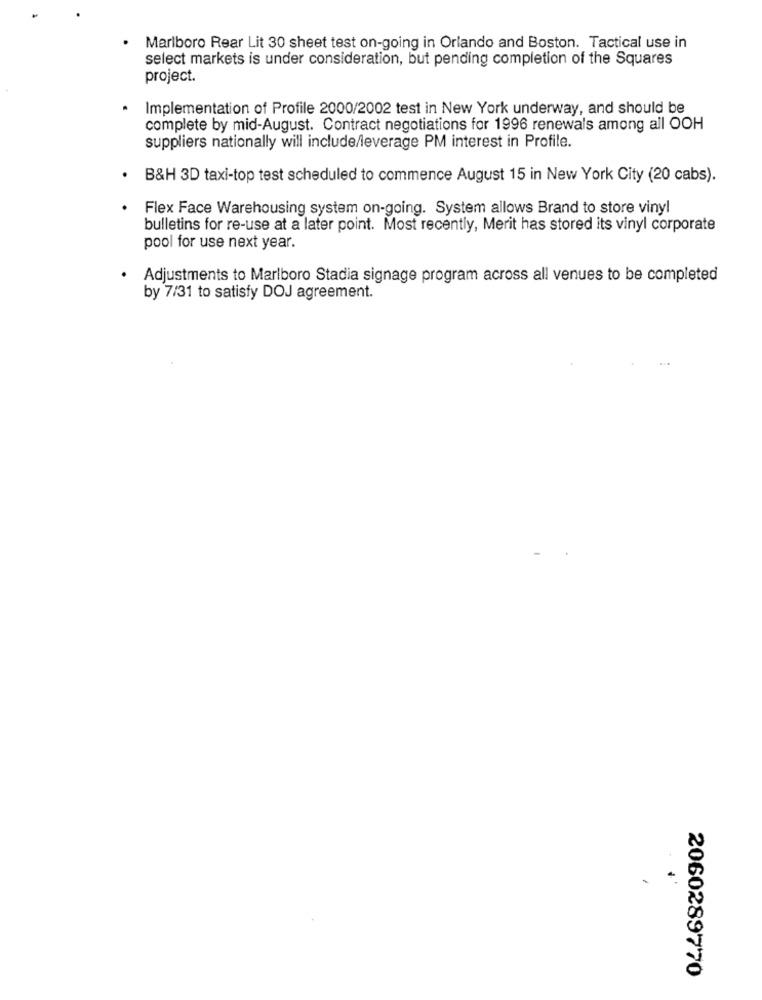
Marlboro Rear Lit 30 sheet test on-going in Orlando and Boston. Tactical use in
select markets is under consideration, but pending completion of the Squares
project.
Implementation of Profile 2000/2002 test in New York underway, and should be
complete by mid-August. Contract negotiations for 1996 renewals among all OOH
suppliers nationally will include/leverage PM interest in Profile.
B&H 3D taxi-top test scheduled to commence August 15 in New York City (20 cabs).
Flex Face Warehousing system on-going. System allows Brand to store vinyl
bulletins for re-use at a later point. Most recently, Merit has stored its vinyl corporate
pool for use next year.
Adjustments to Marlboro Stadia signage program across all venues to be completed
by 7/31 to satisfy DOJ agreement.
.
2060289770